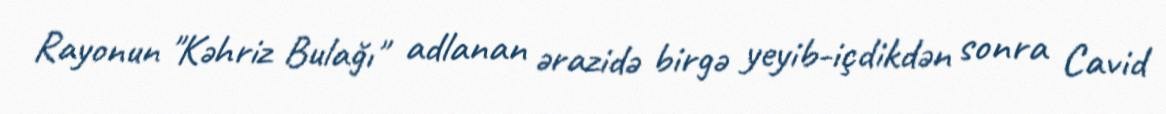
Rayonun "Kəhriz Bulağı" adlanan ərazidə birgə yeyib-içdikdən sonra Cavid